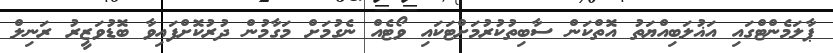
ޕާލަމެންޓްގައި އަޣުލަބިއްޔަތު އޮތްކަން ސާބިތުކުރުމަށްޓަކައި ވޯޓެއް ނެގުމަށް މަގާމުން ދުރުކޮށްފައިވާ ބޮޑުވަޒީރު ރަނިލް